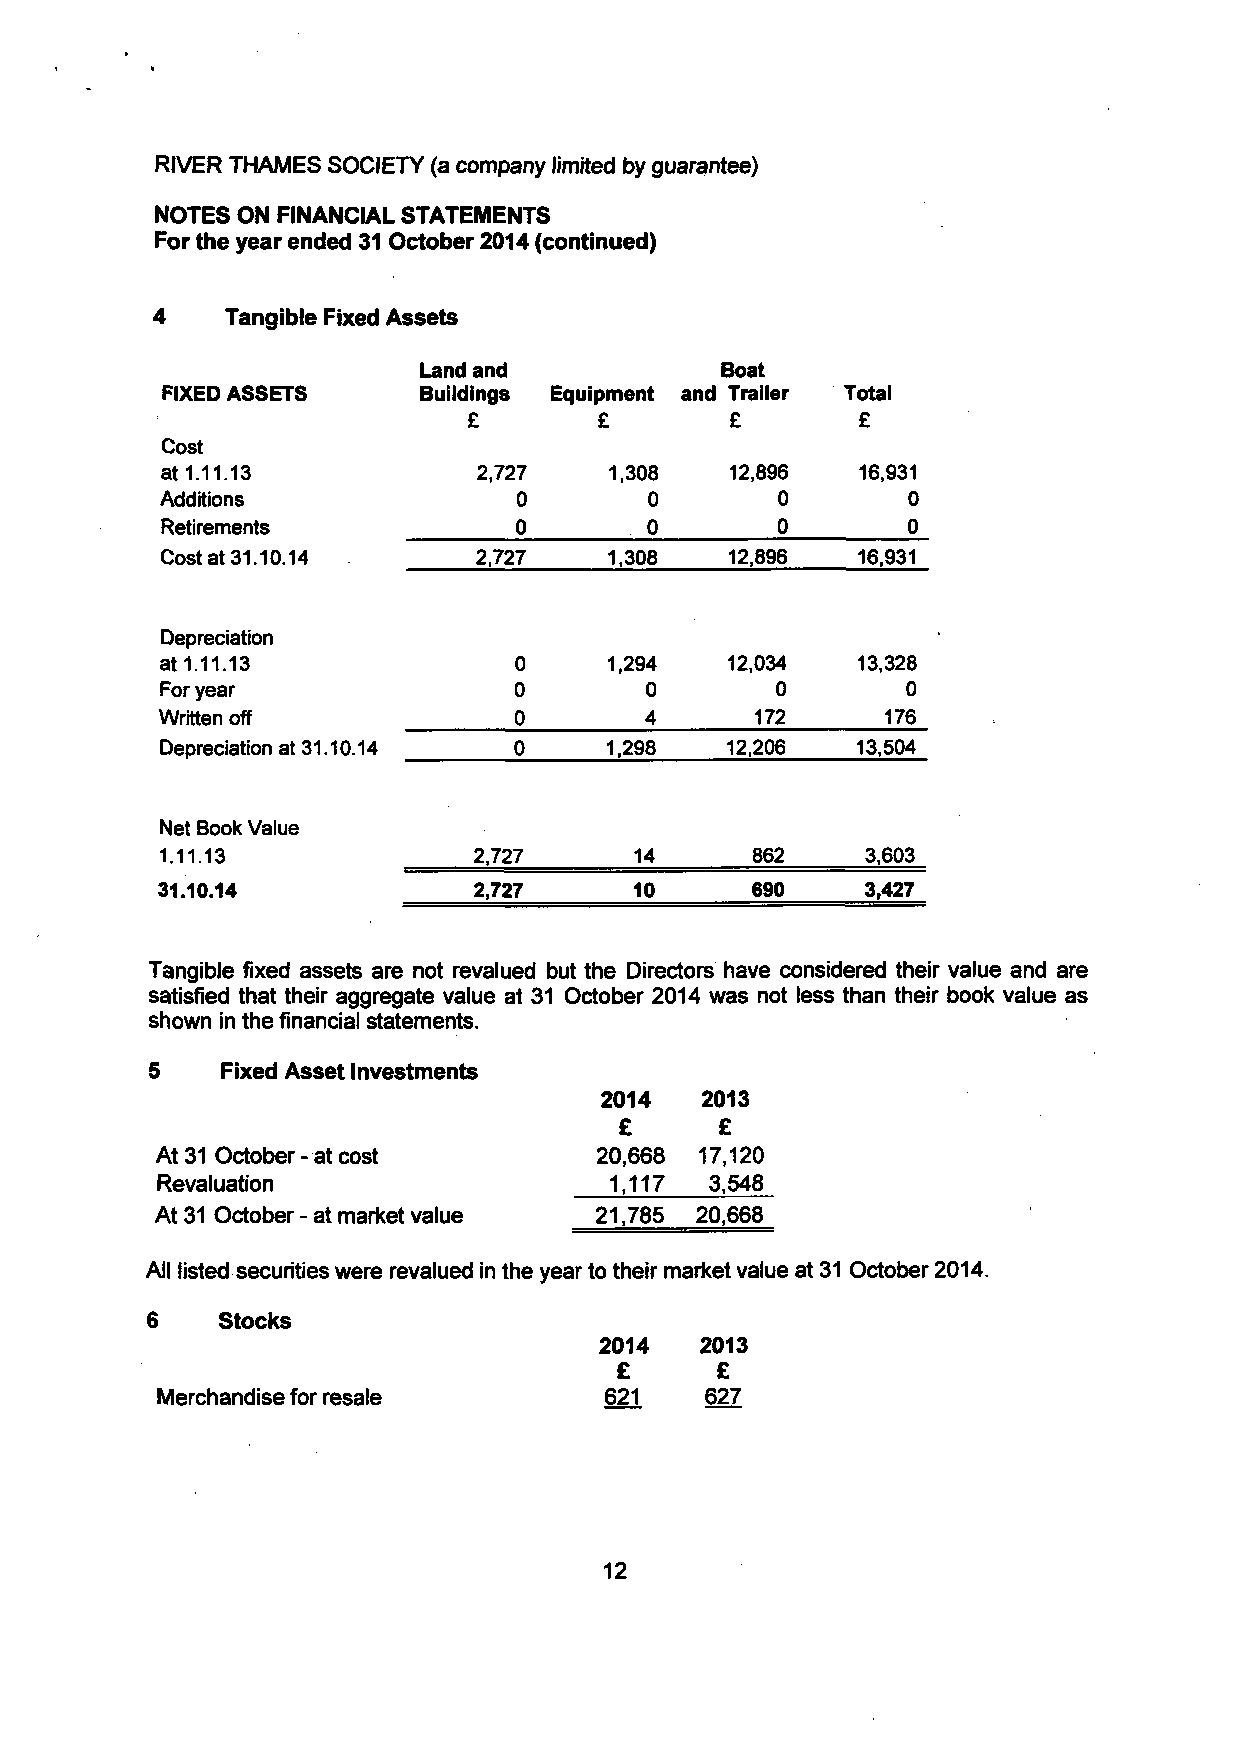
RIVER THAMES SOCIETY (a company limited by guarantee)
 NOTES ON FINANCIAL STATEMENTS
 For the year ended 31 October 2014 (continued)
 4    Tangible Fixed Assets
 Land and            Boat
 FIXED ASSETS     Buildings Equipment and Trailer Total
 £        £       £        £
 Cost
 at 1.11.13           2,727   1,308   12,896   16,931
 Additions              0        0       0        0
 Retirements            0        0       0        0
 Cost at 31.10.14     2,727   1.308   12,896   16,931
 Depreciation
 at 1.11.13             0     1,294   12,034   13,328
 For year               0        0       0        0
 Written off            0        4      172      176
 Depreciation at 31.10.14 0   1,298   12,206   13,504
 Net Book Value
 1.11.13             2,727      14      862    3,603
 31.10.14             2,727      10      690    3,427
 Tangible fixed assets are not revalued but the Directors have considered their value and are
 satisfied that their aggregate value at 31 October 2014 was not less than their book value as
 shown in the financial statements.
 5    Fixed Asset Investments
 2014   2013
 £      £
 At 31 October - at cost       20,668 17,120
 Revaluation                   1,117  3,548
 At 31 October - at market value 21,785 20,668
 All listed securities were revalued in the year to their market value at 31 October 2014.
 6    Stocks
 2014  2013
 £     £
 Merchandise for resale        621    627
 12